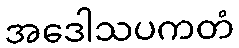
အဒေါသပကတံ